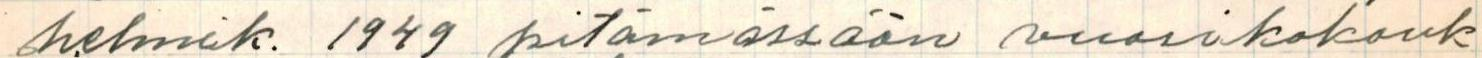
helmik. 1949 pitämässään vuosikokouk